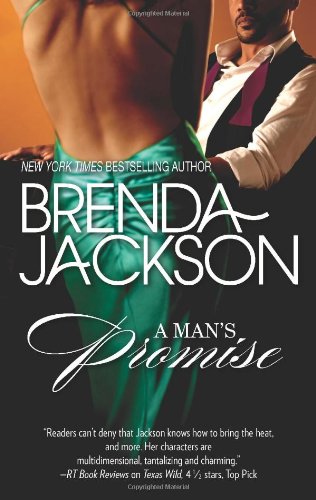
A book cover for A Man's Promise (The Grangers); Brenda Jackson; Romance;